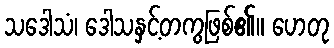
သဒေါသံ၊ ဒေါသနှင့်တကွဖြစ်၏။ ဟေတု